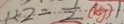
1 \div 2 = \frac { 1 } { 2 } ( k g )